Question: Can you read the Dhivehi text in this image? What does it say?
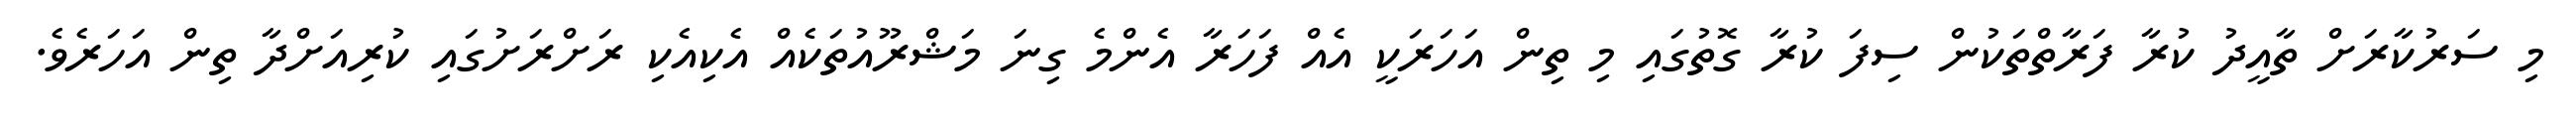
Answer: މި ސަރުކާރަށް ތާއީދު ކުރާ ފަރާތްތަކުން ސިފަ ކުރާ ގޮތުގައި މި ތިން އަހަރަކީ އެއް ފަހަރާ އެންމެ ގިނަ މަޝްރޫއުތަކެއް އެކިއެކި ރަށްރަށުގައި ކުރިއަށްދާ ތިން އަހަރެވެ.